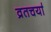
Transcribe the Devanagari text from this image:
व्रतचर्या